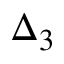
\Delta _ { 3 }